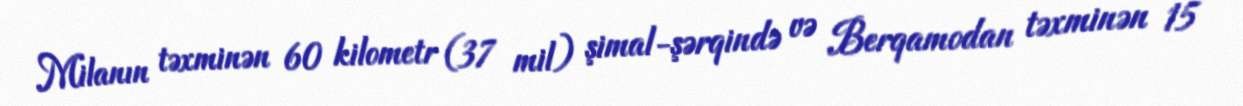
Milanın təxminən 60 kilometr (37 mil) şimal-şərqində və Berqamodan təxminən 15